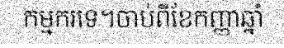
កម្មករទេ។ចាប់ពីខែកញ្ញាឆ្នាំ